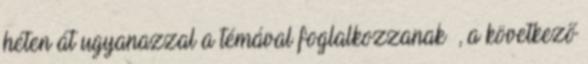
héten át ugyanazzal a témával foglalkozzanak –, a következő